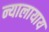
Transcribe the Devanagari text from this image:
न्यालायाय